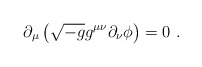
\begin{align*}\partial_\mu \left (\sqrt{-g}g^{\mu\nu}\partial_\nu \phi\right )=0\ .\end{align*}